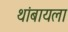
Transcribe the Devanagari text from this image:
थांबायला